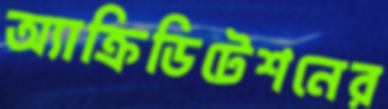
অ্যাক্রিডিটেশনের